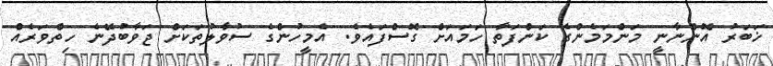
ޚަބަރު އޮންނާނީ މަންމަމެންގެ ކަންފަތާ ހަމައަށް ގޮސްފައެވެ. އެމީހުންގެ ސުވާލުތަކަށް ޖަވާބުދޭނެ ހިތްވަރެއް